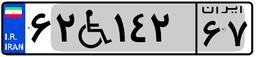
۹۵W۳۱۳۲۴